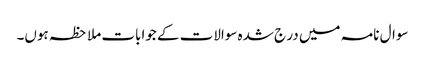
سوال نامہ میں در ج شدہ سوالات کے جوابات ملاحظہ ہوں۔